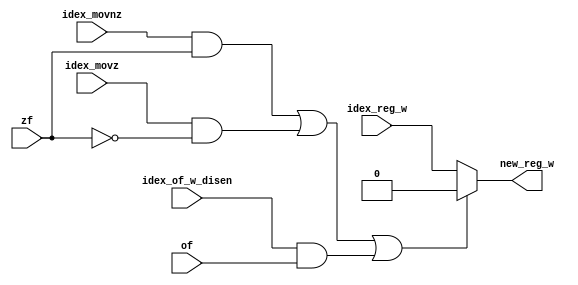
`timescale 1ns / 1ps
//////////////////////////////////////////////////////////////////////////////////
// Company: NJU_CS_COD_2015
// 
// Design Name: register write generater
// Module Name: reg_w_gen
// Project Name: pipeline cpu
// Target Devices: xc7a100tcsg324-1
// Tool Versions: 0.0
// Description: generate register write signal
// 
// Dependencies: none
// 
// Revision:
// Revision 0.01 - File Created
// Additional Comments:
// 
//////////////////////////////////////////////////////////////////////////////////


module reg_w_gen(
	input of,
	input zf,
	input idex_movz,
	input idex_movnz,
	input idex_reg_w,
	input idex_of_w_disen,
	output reg new_reg_w
);
	always@(*) 
	begin
	if((idex_movnz && zf) || (idex_movz && ~zf) || (idex_of_w_disen && of) == 1)
		new_reg_w = 1'b0;
	else
		new_reg_w = idex_reg_w;
	end

endmodule